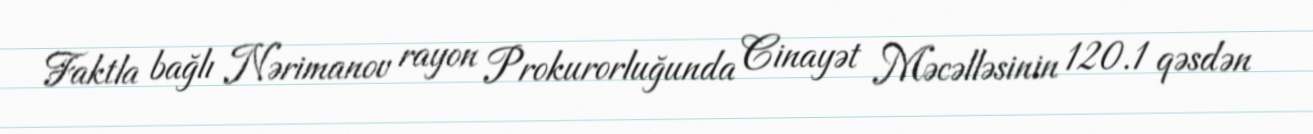
Faktla bağlı Nərimanov rayon Prokurorluğunda Cinayət Məcəlləsinin 120.1 qəsdən